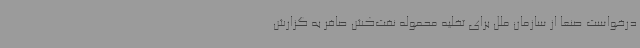
درخواست صنعا از سازمان ملل برای تخلیه محموله نفت‌کش صافر به گزارش